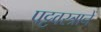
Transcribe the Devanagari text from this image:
पट्टवस्त्रानें